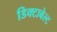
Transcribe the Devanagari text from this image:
डिक्टाबेल्ट